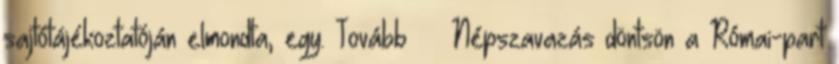
sajtótájékoztatóján elmondta, egy. Tovább › ›Népszavazás döntsön a Római-part